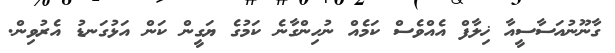
ގާނޫނުއަސާސީއާ ޚިލާފް އެއްވެސް ކަމެއް ނުހިންގާނެ ކަމުގެ ޔަގީން ކަން އަޅުގަނޑު އެރުވިން.